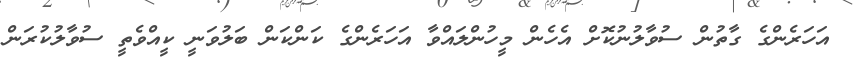
އަހަރެންގެ ގާތުން ސުވާލުނުކޮށް އެހެން މީހުންލައްވާ އަހަރެންގެ ކަންކަން ބަލުވަނީ ކީއްވެތީ ސުވާލުކުރަން